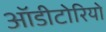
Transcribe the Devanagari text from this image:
ऑडीटोरियो